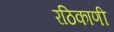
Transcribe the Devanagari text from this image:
रठिकाणी